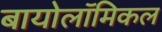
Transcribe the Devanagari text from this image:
बायोलॉमिकल